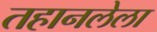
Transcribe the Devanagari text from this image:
तहानलेला